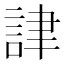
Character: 𧧪